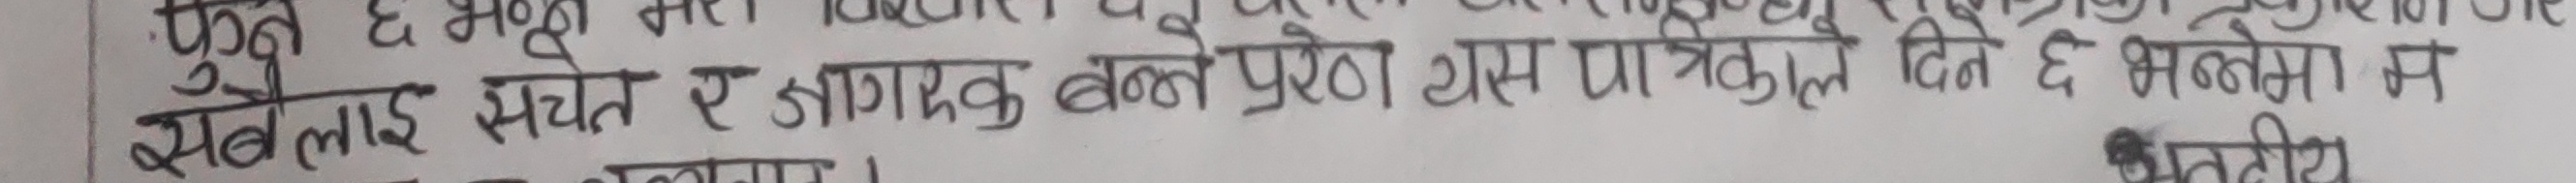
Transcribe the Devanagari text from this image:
फन छ भन्न
सबैलाई सचेत र जागरुक बन्ने प्ररेण यस पत्रिकाले दिन छ भन्नेमा म